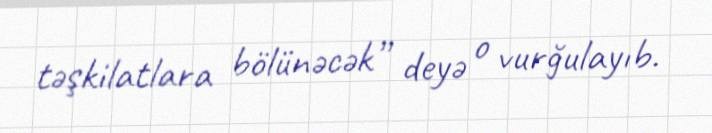
təşkilatlara bölünəcək” deyə o vurğulayıb.